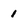
Character: 1